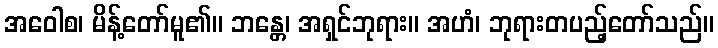
အဝေါစ၊ မိန့်တော်မူ၏။ ဘန္တေ၊ အရှင်ဘုရား။ အဟံ၊ ဘုရားတပည့်တော်သည်။